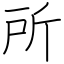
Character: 所